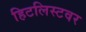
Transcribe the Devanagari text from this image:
हिटलिस्टवर